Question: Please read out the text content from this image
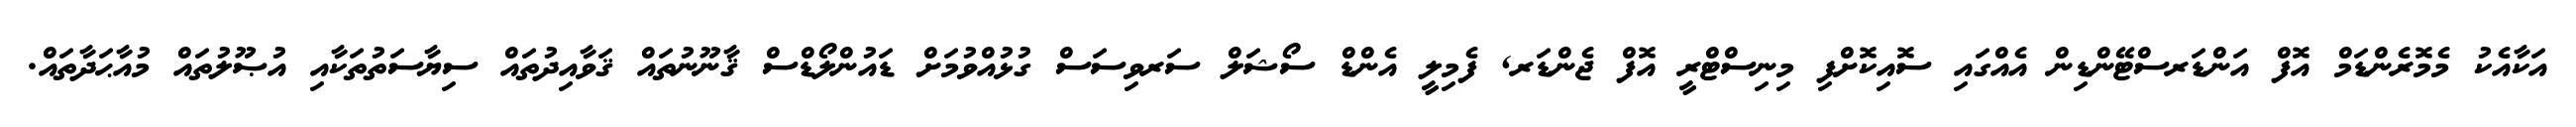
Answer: އަކާއެކު މެމޮރެންޑަމް އޮފް އަންޑަރސްޓޭންޑިން އެއްގައި ސޮއިކޮށްފި މިނިސްޓްރީ އޮފް ޖެންޑަރ, ފެމިލީ އެންޑް ސޯޝަލް ސަރވިސަސް ގުޅުއްވުމަށް ޑައުންލޯޑްސް ޤާނޫނުތައް ޤަވާއިދުތައް ސިޔާސަތުތަކާއި އުޞޫލުތައް މުއާޙަދާތައް.